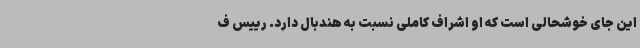
این جای خوشحالی است که او اشراف کاملی نسبت به هندبال دارد. رییس ف